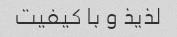
لذیذ و با کیفیت